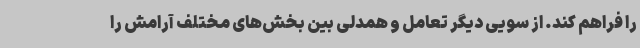
را فراهم کند. از سویی دیگر تعامل و همدلی بین بخش‌های مختلف آرامش را